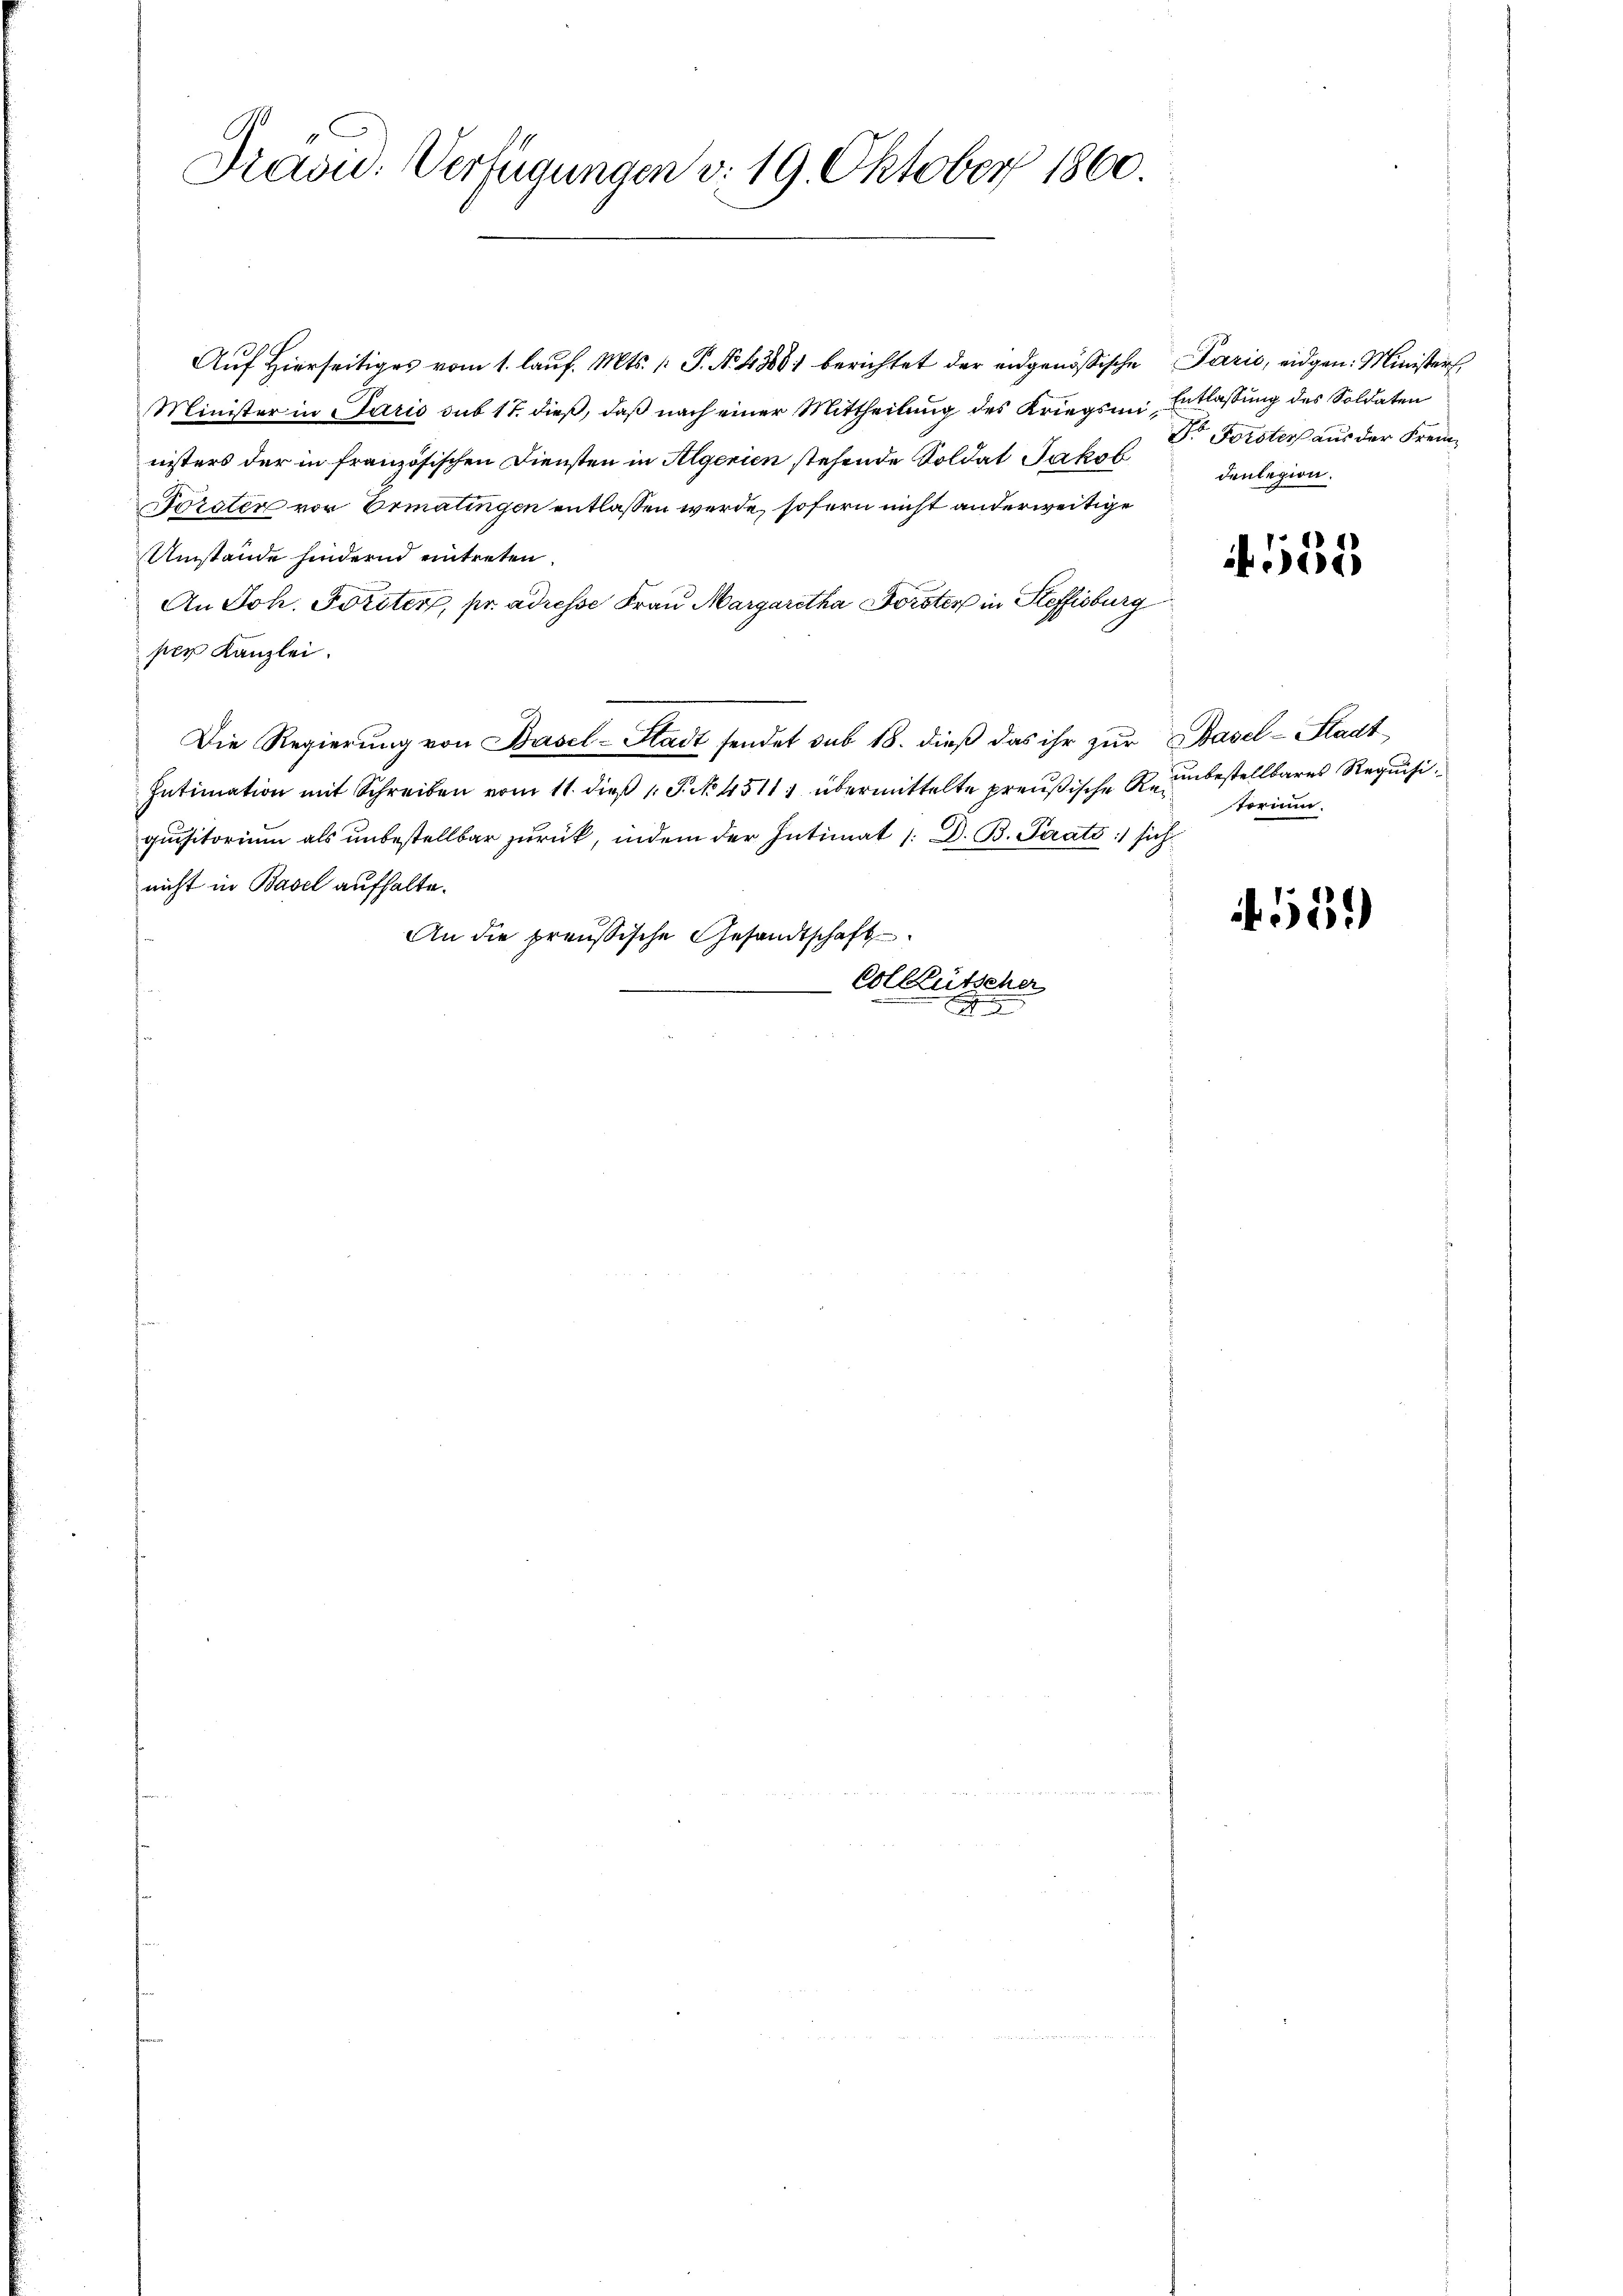
Präsid. Verfügungen d. 19. Oktober 1860.

Aŭf Hierseitiges vom 1. laŭf. Mts. /: P. Nr. 48881 berichtet der eidgenößische Paris, eidgen: Ministers
Minister in Paris sub 17. dieß, daß nach einer Mittheilung des Kriegsmi Entlassung des Soldaten
nisters der in französischen Diensten in Algerien stehende Soldat Jakob
Forsten vor Ermatingen entlassen werde, sofern nicht anderweitige
Umstände hindernd eintreten.
An Joh. Forster, pr. adresse Frau Margaretha Forster in Steffisburg
per Kanzlei.
Die Regierung von Basel-Stadt sendet sub 18. dieß das ihr zur Basel-Stadt¬
Intimation mit Schreiben vom 11. dieß v. P. No. 4511) übermittelte preußische Requisitorium als unbestellbar zurück, indem der Intimat /: D. B. Parats :/ sich
nicht in Basel aufhalte.
An die preußische Gesandtschaft
Colktütscher
E

Dr Forster aus der Fremdenlegion.

555

unbestellbares Requisitorium.

539)